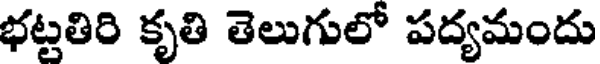
భట్టతిరి కృతి తెలుగులో పద్యమందు